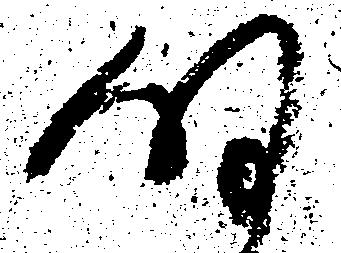
明